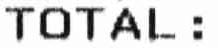
TOTAL: